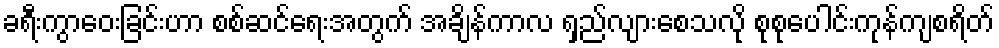
ခရီးကွာဝေးခြင်းဟာ စစ်ဆင်ရေးအတွက် အချိန်ကာလ ရှည်လျားစေသလို စုစုပေါင်းကုန်ကျစရိတ်